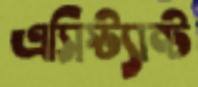
এসিস্ট্যান্ট